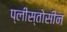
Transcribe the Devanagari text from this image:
प्लीस्तोसीन